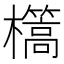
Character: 㰏